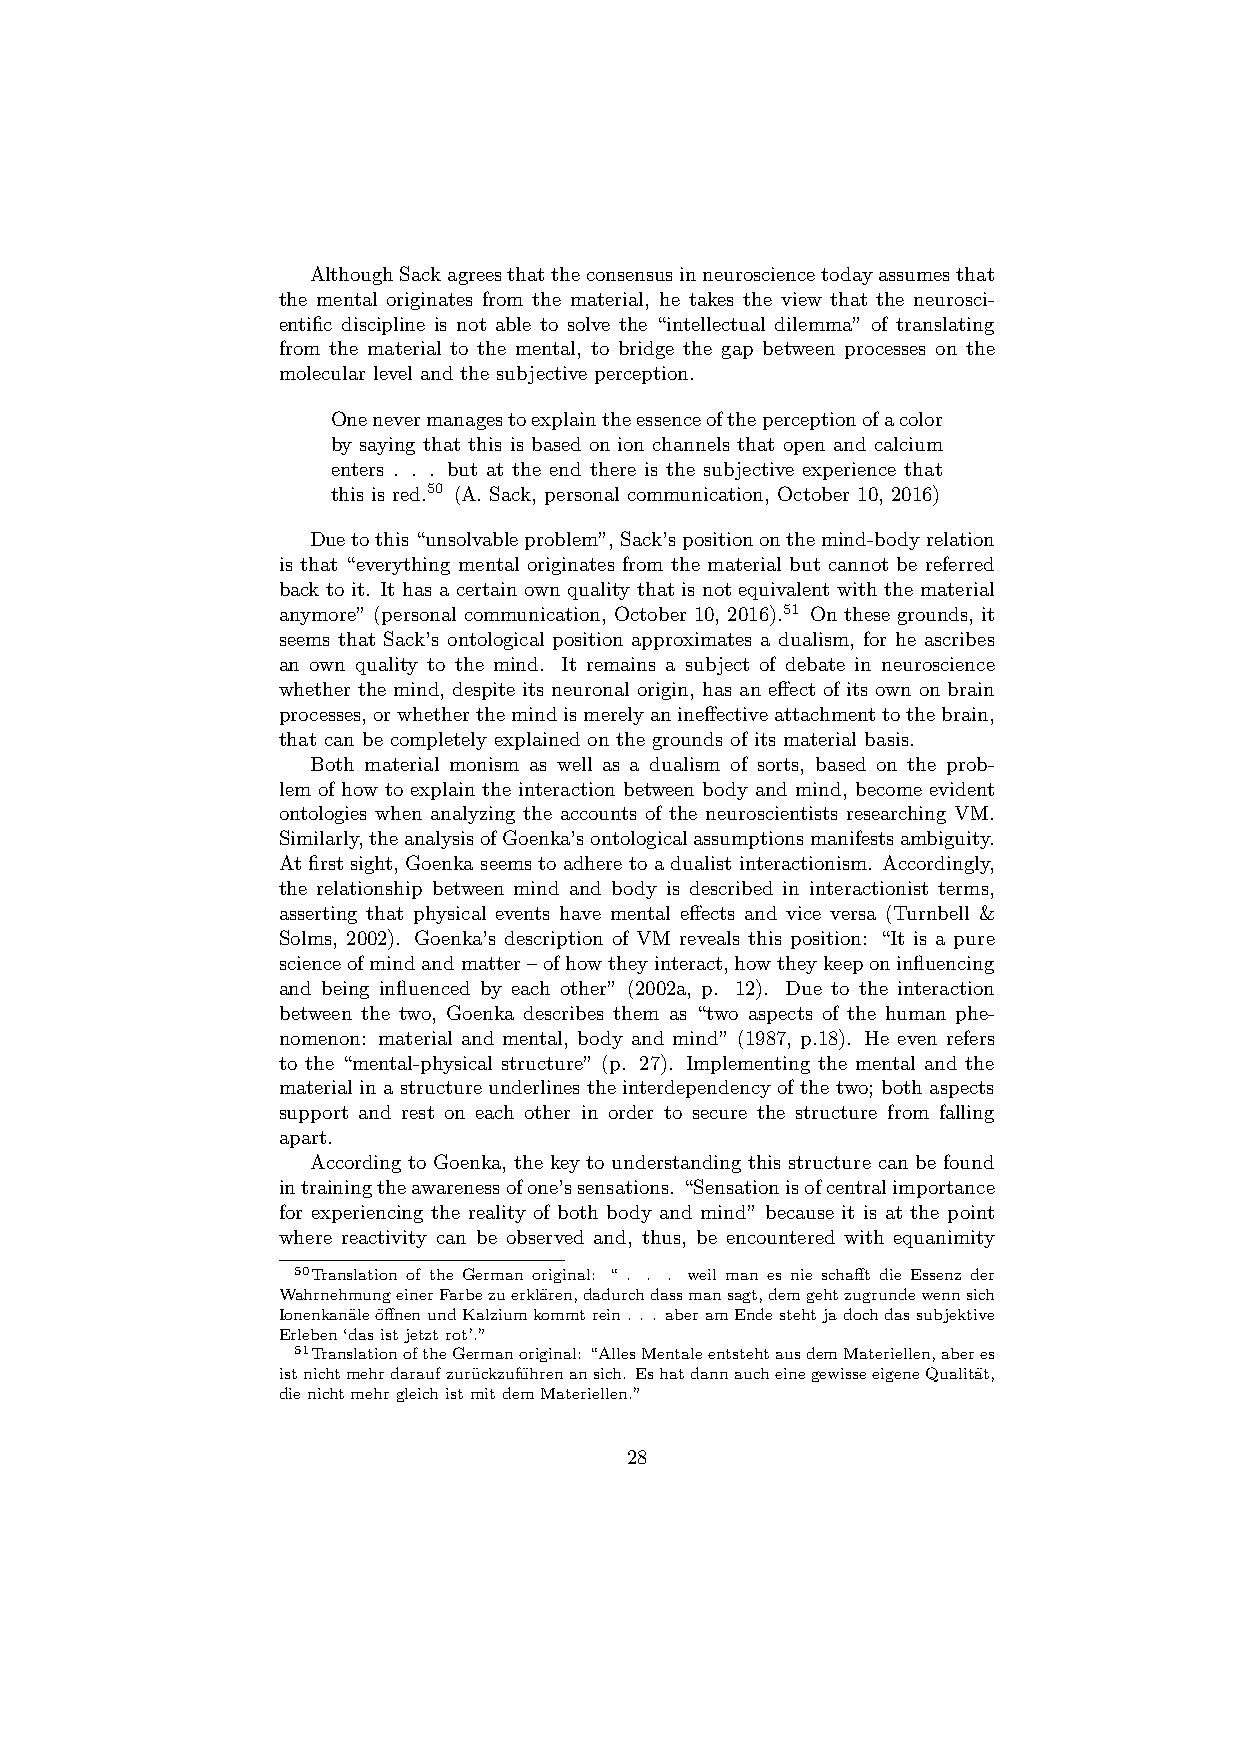
AlthoughSackagreesthattheconsensusinneurosciencetodayassumesthat
 the mental originates from the material, he takes the view that the neurosci-
 entific discipline is not able to solve the “intellectual dilemma” of translating
 from the material to the mental, to bridge the gap between processes on the
 molecular level and the subjective perception.
 Onenevermanagestoexplaintheessenceoftheperceptionofacolor
 by saying that this is based on ion channels that open and calcium
 enters . . . but at the end there is the subjective experience that
 this is red.50 (A. Sack, personal communication, October 10, 2016)
 Duetothis“unsolvableproblem”,Sack’spositiononthemind-bodyrelation
 is that “everything mental originates from the material but cannot be referred
 back to it. It has a certain own quality that is not equivalent with the material
 anymore” (personal communication, October 10, 2016).51 On these grounds, it
 seems that Sack’s ontological position approximates a dualism, for he ascribes
 an own quality to the mind. It remains a subject of debate in neuroscience
 whether the mind, despite its neuronal origin, has an effect of its own on brain
 processes,orwhetherthemindismerelyanineffectiveattachmenttothebrain,
 that can be completely explained on the grounds of its material basis.
 Both material monism as well as a dualism of sorts, based on the prob-
 lem of how to explain the interaction between body and mind, become evident
 ontologies when analyzing the accounts of the neuroscientists researching VM.
 Similarly,theanalysisofGoenka’sontologicalassumptionsmanifestsambiguity.
 At first sight, Goenka seems to adhere to a dualist interactionism. Accordingly,
 the relationship between mind and body is described in interactionist terms,
 asserting that physical events have mental effects and vice versa (Turnbell &
 Solms, 2002). Goenka’s description of VM reveals this position: “It is a pure
 scienceofmindandmatter–ofhowtheyinteract,howtheykeeponinfluencing
 and being influenced by each other” (2002a, p. 12). Due to the interaction
 between the two, Goenka describes them as “two aspects of the human phe-
 nomenon: material and mental, body and mind” (1987, p.18). He even refers
 to the “mental-physical structure” (p. 27). Implementing the mental and the
 material in a structure underlines the interdependency of the two; both aspects
 support and rest on each other in order to secure the structure from falling
 apart.
 According to Goenka, the key to understanding this structure can be found
 intrainingtheawarenessofone’ssensations. “Sensationisofcentralimportance
 for experiencing the reality of both body and mind” because it is at the point
 where reactivity can be observed and, thus, be encountered with equanimity
 50Translation of the German original: “ . . . weil man es nie schafft die Essenz der
 WahrnehmungeinerFarbezuerkl¨aren,dadurchdassmansagt,demgehtzugrundewennsich
 Ionenkan¨ale¨offnenundKalziumkommtrein. . . aberamEndestehtjadochdassubjektive
 Erleben‘dasistjetztrot’.”
 51TranslationoftheGermanoriginal: “AllesMentaleentstehtausdemMateriellen,aberes
 istnichtmehrdaraufzuru¨ckzufu¨hrenansich. EshatdannaucheinegewisseeigeneQualit¨at,
 dienichtmehrgleichistmitdemMateriellen.”
 28